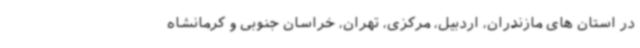
در استان های مازندران، اردبیل، مرکزی، تهران، خراسان جنوبی و کرمانشاه